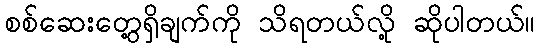
စစ်ဆေးတွေ့ရှိချက်ကို သိရတယ်လို့ ဆိုပါတယ်။